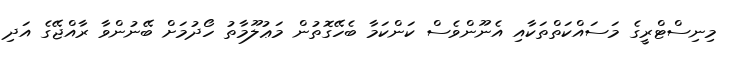
މިނިސްޓްރީގެ މަސައްކަތްތަކާއި އެނޫންވެސް ކަންކަމާ ބެހޭގޮތުން މަޢުލޫމާތު ހޯދުމަށް ބޭނުންވާ ރާއްޖޭގެ އަދި